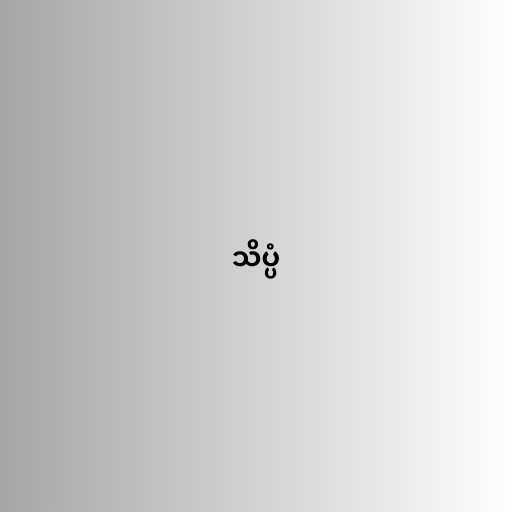
သိပ္ပံ